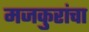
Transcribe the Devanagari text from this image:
मजकुरांचा